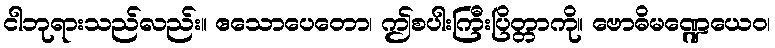
ငါဘုရားသည်လည်း။ ဧသောပေတော၊ ဤစပါးကြီးပြိတ္တာကို။ ဗောဓိမဏ္ဍေယေဝ၊